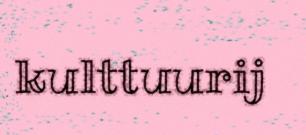
kulttuurij